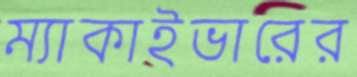
ম্যাকাইভারের